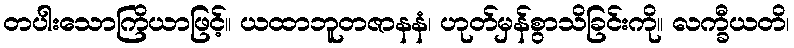
တပါးသောကြိယာဖြင့်။ ယထာဘူတဇာနနံ၊ ဟုတ်မှန်စွာသိခြင်းကို။ လက္ခီယတိ၊